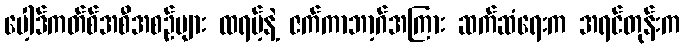
ပေါ့ဒ်ကတ်စ်အစီအစဉ်များ ထရမ့်နဲ့ ဇက်ကာဘာ့ဂ်အကြား ဆက်ဆံရေးက အရင်တုန်းက